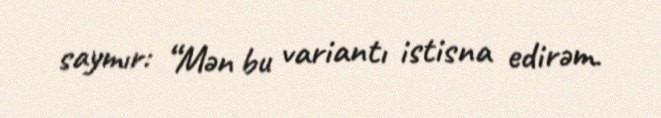
saymır: “Mən bu variantı istisna edirəm.